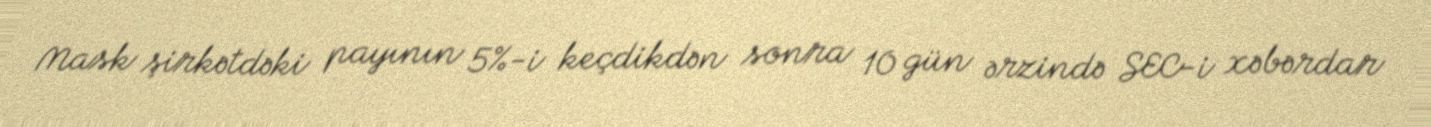
Mask şirkətdəki payının 5%-i keçdikdən sonra 10 gün ərzində SEC-i xəbərdar